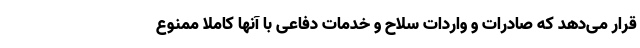
قرار می‌دهد که صادرات و واردات سلاح و خدمات دفاعی با آنها کاملاً ممنوع